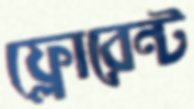
ফ্লোরেন্ট